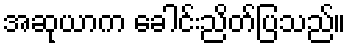
အဆုယာက ခေါင်းညိတ်ပြသည်။